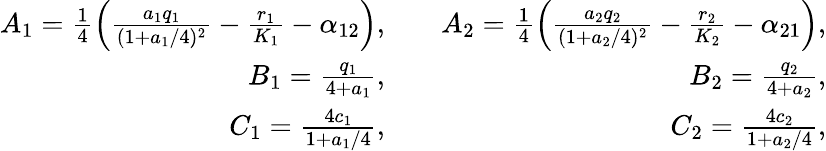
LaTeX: \begin{array}{rlr}{A_{1}=\frac{1}{4}\left(\frac{a_{1}q_{1}}{(1+a_{1}/4)^{2}}-\frac{r_{1}}{K_{1}}-\alpha_{12}\right),}&{}&{A_{2}=\frac{1}{4}\left(\frac{a_{2}q_{2}}{(1+a_{2}/4)^{2}}-\frac{r_{2}}{K_{2}}-\alpha_{21}\right),}\\ {B_{1}=\frac{q_{1}}{4+a_{1}},}&{}&{B_{2}=\frac{q_{2}}{4+a_{2}},}\\ {C_{1}=\frac{4c_{1}}{1+a_{1}/4},}&{}&{C_{2}=\frac{4c_{2}}{1+a_{2}/4},}\end{array}